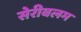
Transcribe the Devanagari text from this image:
सेरीबलम